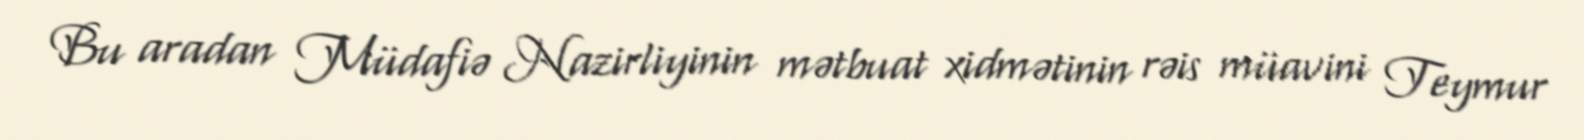
Bu aradan Müdafiə Nazirliyinin mətbuat xidmətinin rəis müavini Teymur